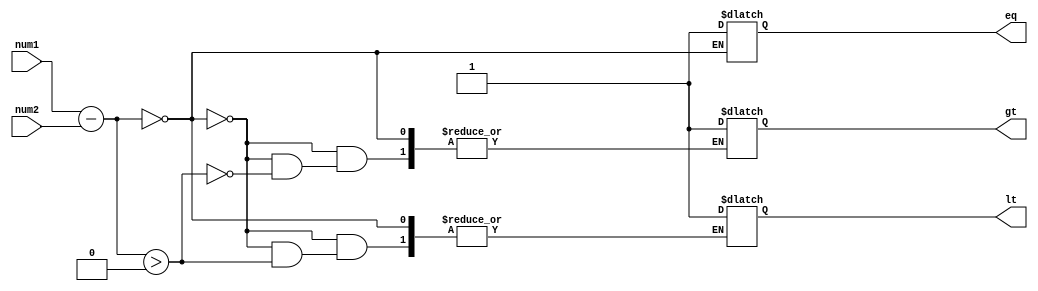
module fixed_point_comparator (
    input signed [15:0] num1,
    input signed [15:0] num2,
    output reg eq,
    output reg gt,
    output reg lt
);

reg signed [15:0] diff;

always @* begin
    diff = num1 - num2;
    
    if (diff == 0)
        eq = 1;
    else if (diff > 0)
        gt = 1;
    else
        lt = 1;
end

endmodule